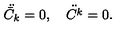
\ddot { { \bar { C } } _ { k } } = 0 , \quad \ddot { { C } ^ { k } } = 0 .